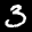
Label: 3